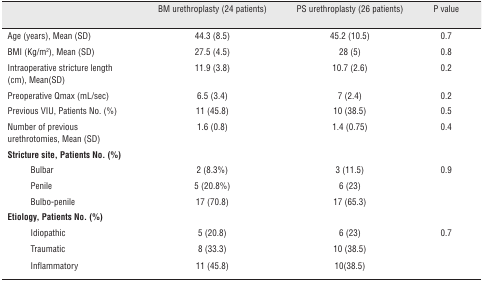
<table><thead><tr><td colspan="2"></td><td><b>BM urethroplasty (24 patients)</b></td><td><b>PS urethroplasty (26 patients)</b></td><td><b>P value</b></td></tr></thead><tbody><tr><td colspan="2">Age (years), Mean (SD)</td><td>44.3 (8.5)</td><td>45.2 (10.5)</td><td>0.7</td></tr><tr><td colspan="2">BMI (Kg/m<sup>2</sup>), Mean (SD)</td><td>27.5 (4.5)</td><td>28 (5)</td><td>0.8</td></tr><tr><td colspan="2">Intraoperative stricture length (cm), Mean(SD)</td><td>11.9 (3.8)</td><td>10.7 (2.6)</td><td>0.2</td></tr><tr><td colspan="2">Preoperative Qmax (mL/sec)</td><td>6.5 (3.4)</td><td>7 (2.4)</td><td>0.2</td></tr><tr><td colspan="2">Previous VIU, Patients No. (%)</td><td>11 (45.8)</td><td>10 (38.5)</td><td>0.5</td></tr><tr><td colspan="2">Number of previous urethrotomies, Mean (SD)</td><td>1.6 (0.8)</td><td>1.4 (0.75)</td><td>0.4</td></tr><tr><td colspan="2"><b>Stricture site, Patients No. (%)</b></td><td></td><td></td><td></td></tr><tr><td></td><td>Bulbar</td><td>2 (8.3%)</td><td>3 (11.5)</td><td>0.9</td></tr><tr><td></td><td>Penile</td><td>5 (20.8%)</td><td>6 (23)</td><td></td></tr><tr><td></td><td>Bulbo-penile</td><td>17 (70.8)</td><td>17 (65.3)</td><td></td></tr><tr><td colspan="2"><b>Etiology, Patients No. (%)</b></td><td></td><td></td><td></td></tr><tr><td></td><td>Idiopathic</td><td>5 (20.8)</td><td>6 (23)</td><td>0.7</td></tr><tr><td></td><td>Traumatic</td><td>8 (33.3)</td><td>10 (38.5)</td><td></td></tr><tr><td></td><td>Inflammatory</td><td>11 (45.8)</td><td>10(38.5)</td><td></td></tr></tbody></table>